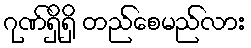
ဂုဏ်ရှိရှိ တည်စေမည်လား